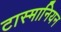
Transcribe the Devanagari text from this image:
टास्मानियन